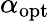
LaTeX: \alpha_{\mathrm{opt}}